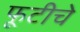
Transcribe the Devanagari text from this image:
फूटीचे